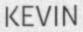
KEVIN